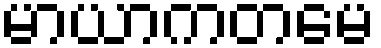
မာယာကတမေ